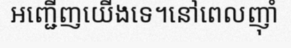
អញ្ជើញយើងទេ។នៅពេលញ៉ាំ